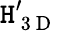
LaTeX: \mathtt{H}_{\mathrm{{~3~D~}}}^{\prime}